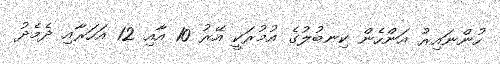
ހުންނައިރު އަންހެން ކިނބުލުގެ އުމުރަކީ އޭރު 10 އާއި 12 އަހަރާއި ދެމެދު